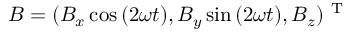
\boldsymbol { B } = ( B _ { x } \cos { ( 2 \omega t ) } , B _ { y } \sin { ( 2 \omega t ) } , B _ { z } ) ^ { \mathrm { ~ T ~ } }